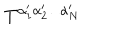
T ^ { \alpha _ { 1 } ^ { \prime } \alpha _ { 2 } ^ { \prime } \phantom { q } \! \! \! \dots \alpha _ { N } ^ { \prime } }